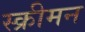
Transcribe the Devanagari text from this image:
स्क्रीमन